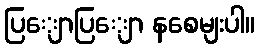
ပြျောပြျော နစေမျးပါ။